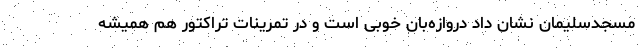
مسجدسلیمان نشان داد دروازه‌بان خوبی است و در تمرینات تراکتور هم همیشه